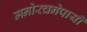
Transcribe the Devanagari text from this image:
मनोरचनेपायी